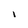
Character: l